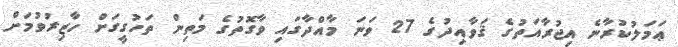
ޢަމަލުކުރާނެ އިޖުރާއަތުގެ ޤަވާއިދުގެ 27 ވަނަ މާއްދާގައި ވާގޮތުގެ މަތިން ތަހުގީގަށް ހާޒިރުވުމަށް